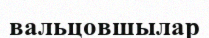
вальцовшылар